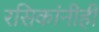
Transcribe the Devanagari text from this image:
रसिकांनीही